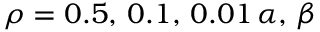
\rho = 0 . 5 , \, 0 . 1 , \, 0 . 0 1 \, \alpha , \, \beta